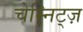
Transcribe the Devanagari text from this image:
चेम्निट्ज़